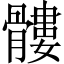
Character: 髏